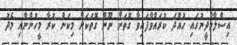
އިސްލާމްދީނުގައި ހުއްދަ ކުރައްވާފައިވާ ގޮތަށް ނޫން ގޮތަަކަށް މިކަން ކުރާ މީހުންނާއި މެދު